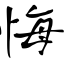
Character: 悔